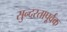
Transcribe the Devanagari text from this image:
सुन्दरतापूर्वक